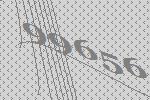
99656